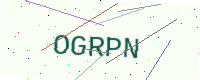
Text: OGRPN